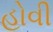
હોવી